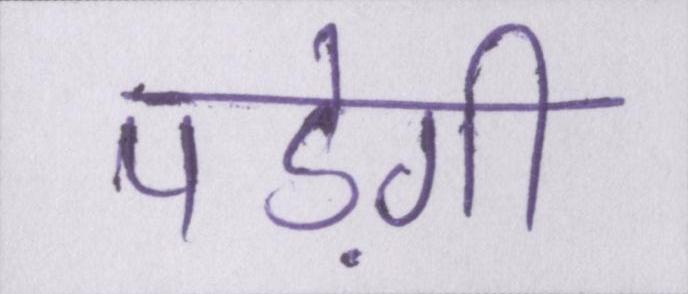
पड़ेगी